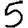
Digit: 5